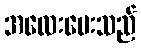
အလေးပေးသည်